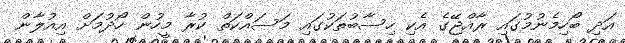
އަދިި ބޯހިމެނުމުގައި ރާއްޖޭގެ އެކި ހިސާބުތަކުގައި މަސައްކަތް ކުރާ މީހުން ހޯދުމަށް އިއުލާން